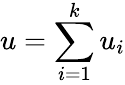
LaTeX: u=\sum\limits_{i=1}^{k}u_{i}